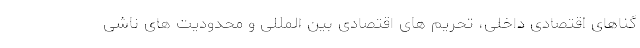
گناهای اقتصادی داخلی، تحریم های اقتصادی بین المللی و محدودیت های ناشی